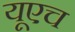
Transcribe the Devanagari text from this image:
यूएच